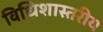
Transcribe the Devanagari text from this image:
विधिशास्तरीय